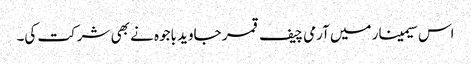
اس سیمینار میں آرمی چیف قمر جاوید باجوہ نے بھی شرکت کی۔